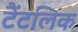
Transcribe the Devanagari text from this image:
टैंटलिक